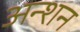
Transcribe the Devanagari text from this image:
अन्शन